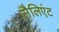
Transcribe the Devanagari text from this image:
सैलिएंट